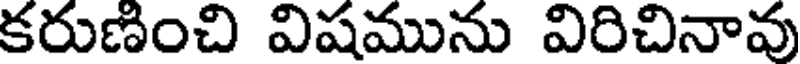
కరుణించి విషమును విరిచినావు